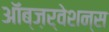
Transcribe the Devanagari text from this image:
ऑब्ज़र्वेशन्स